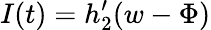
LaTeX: I(t)=h_{2}^{\prime}(w-\Phi)